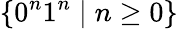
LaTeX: \{ 0^{n}1^{n}\mid n\geq 0\}